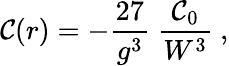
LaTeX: {\cal\mathcal{C}}(r)=-{\frac{{27}}{{g^{3}}}}~{\frac{{{\cal\mathcal{C}}_{0}}}{{W^{3}}}}\ ,